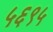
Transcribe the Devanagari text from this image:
५६९५